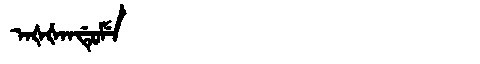
Manchu: ᠠᡧᡧᠠᠨᡩᡠᠮᡝ
Romanization: AŠŠANDUME